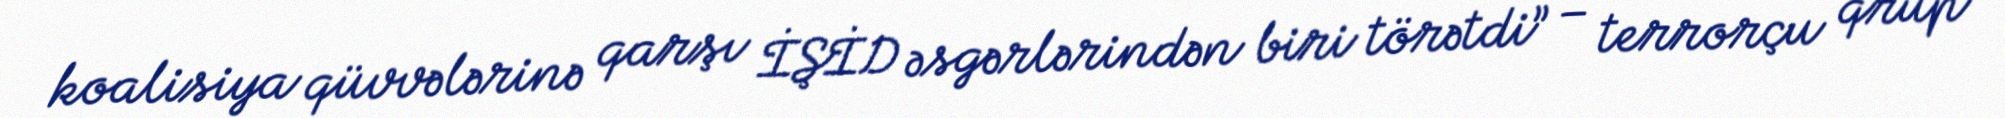
koalisiya qüvvələrinə qarşı İŞİD əsgərlərindən biri törətdi” – terrorçu qrup